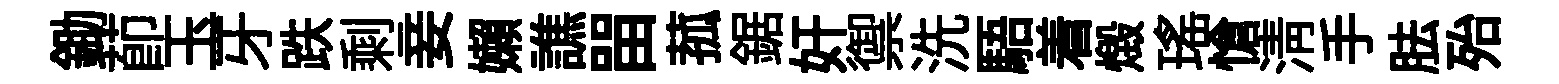
鋤莭玉牙跌剩妾嬾譙㽞菰鋸奸禦洗䮏着燬瑤愴淸手胠殆